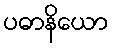
ပဓာနိယော